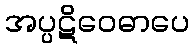
အပ္ပဋိဝေဓာပေ